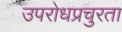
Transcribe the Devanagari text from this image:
उपरोधप्रचुरता